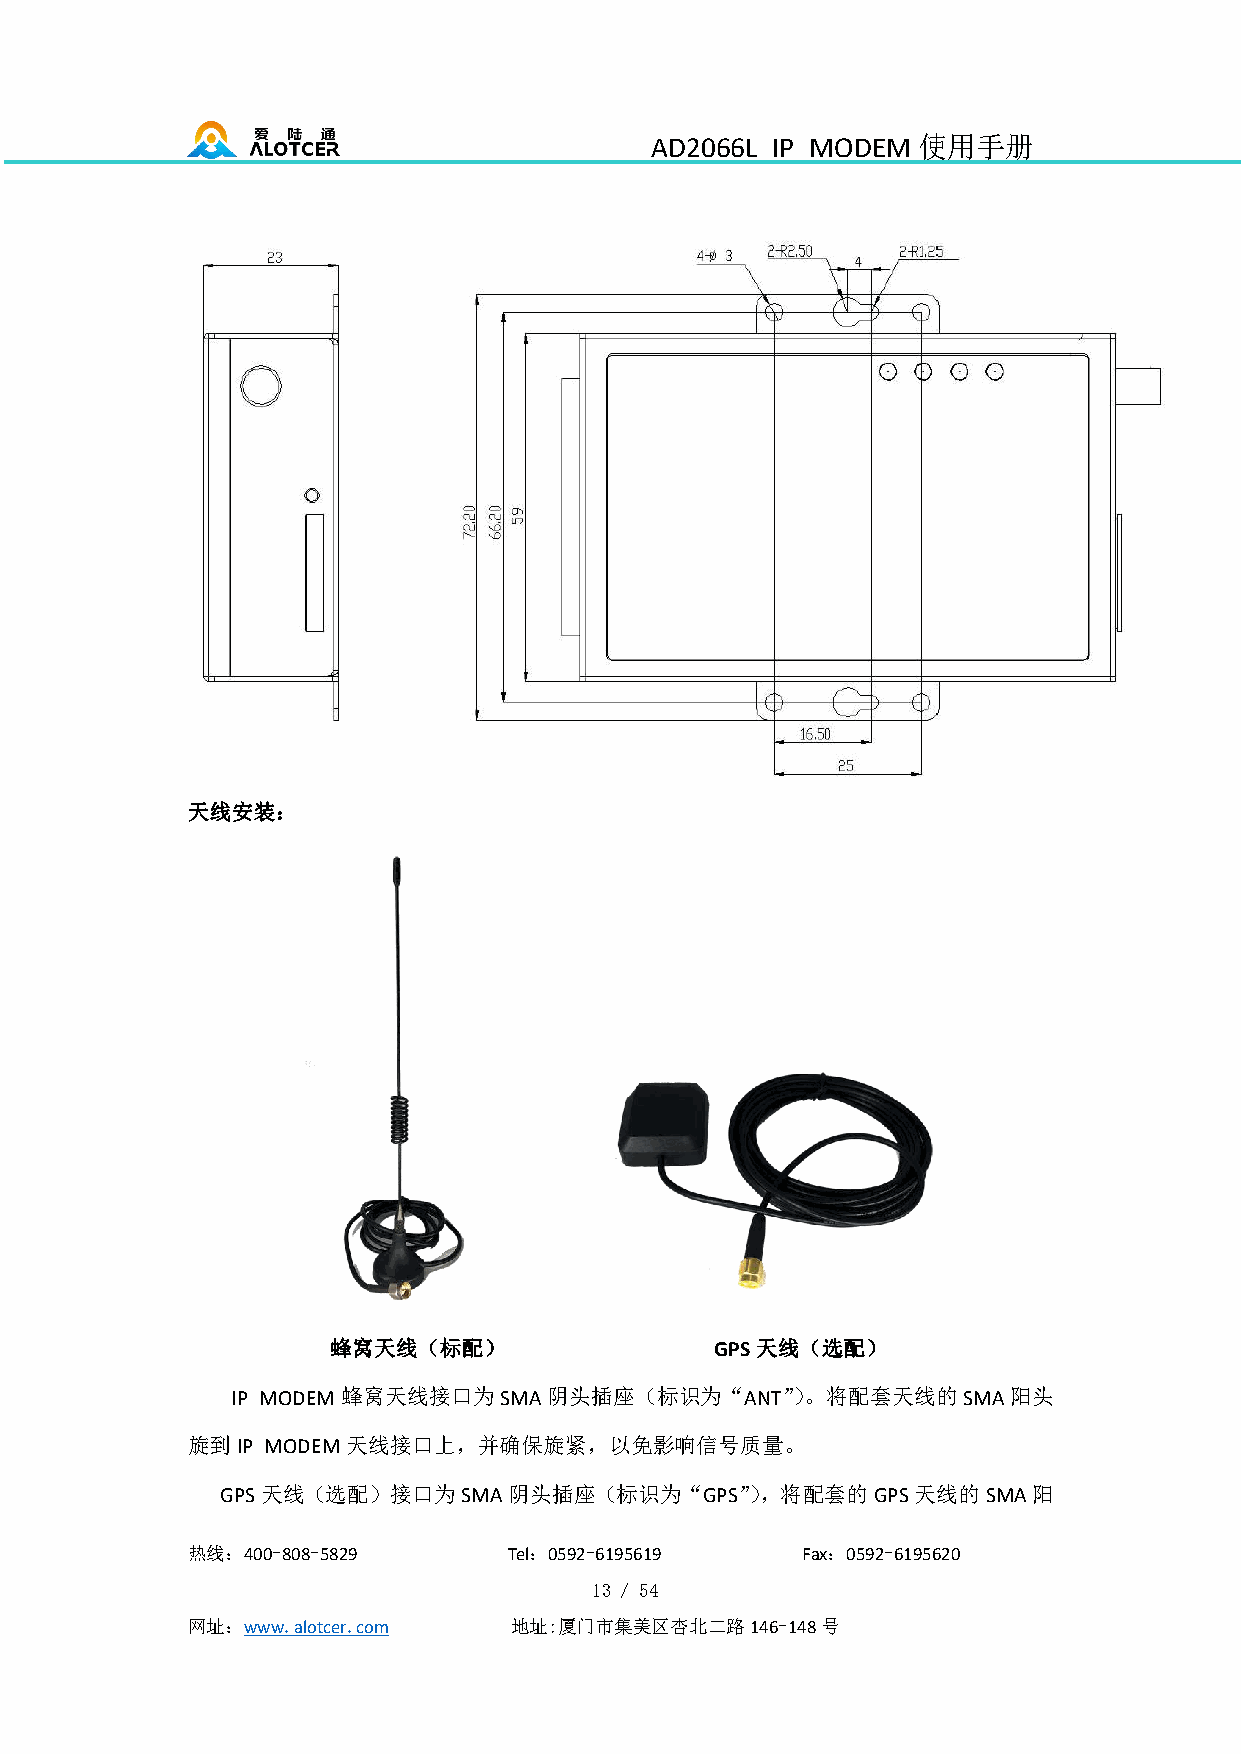
AD2066L IP MODEM  使用手册
 天线安装：
 蜂窝天线（标配）                 GPS天线（选配）
 IP MODEM蜂窝天线接口为SMA阴头插座（标识为“ANT”）。将配套天线的SMA阳头
 旋到IP MODEM天线接口上，并确保旋紧，以免影响信号质量。
 GPS天线（选配）接口为SMA阴头插座（标识为“GPS”），将配套的GPS天线的SMA阳
 热线：400-808-5829       Tel：0592-6195619   Fax：0592-6195620
 13 / 54
 网址：www.alotcer.com    地址:厦门市集美区杏北二路146-148号